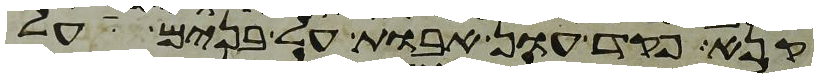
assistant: קנא פקד עון אבות על בנים על